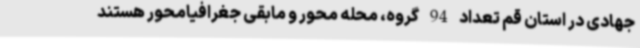
جهادی در استان قم تعداد 94 گروه، محله محور و مابقی جغرافیامحور هستند